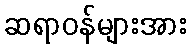
ဆရာဝန်များအား